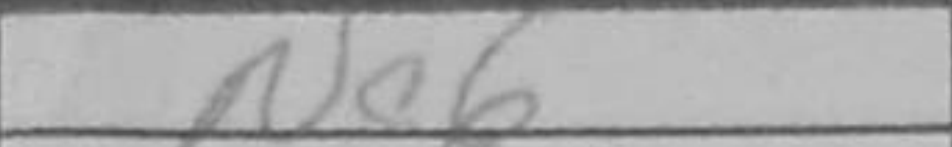
Transcription: Ne6